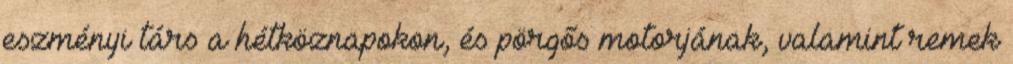
eszményi társ a hétköznapokon, és pörgős motorjának, valamint remek